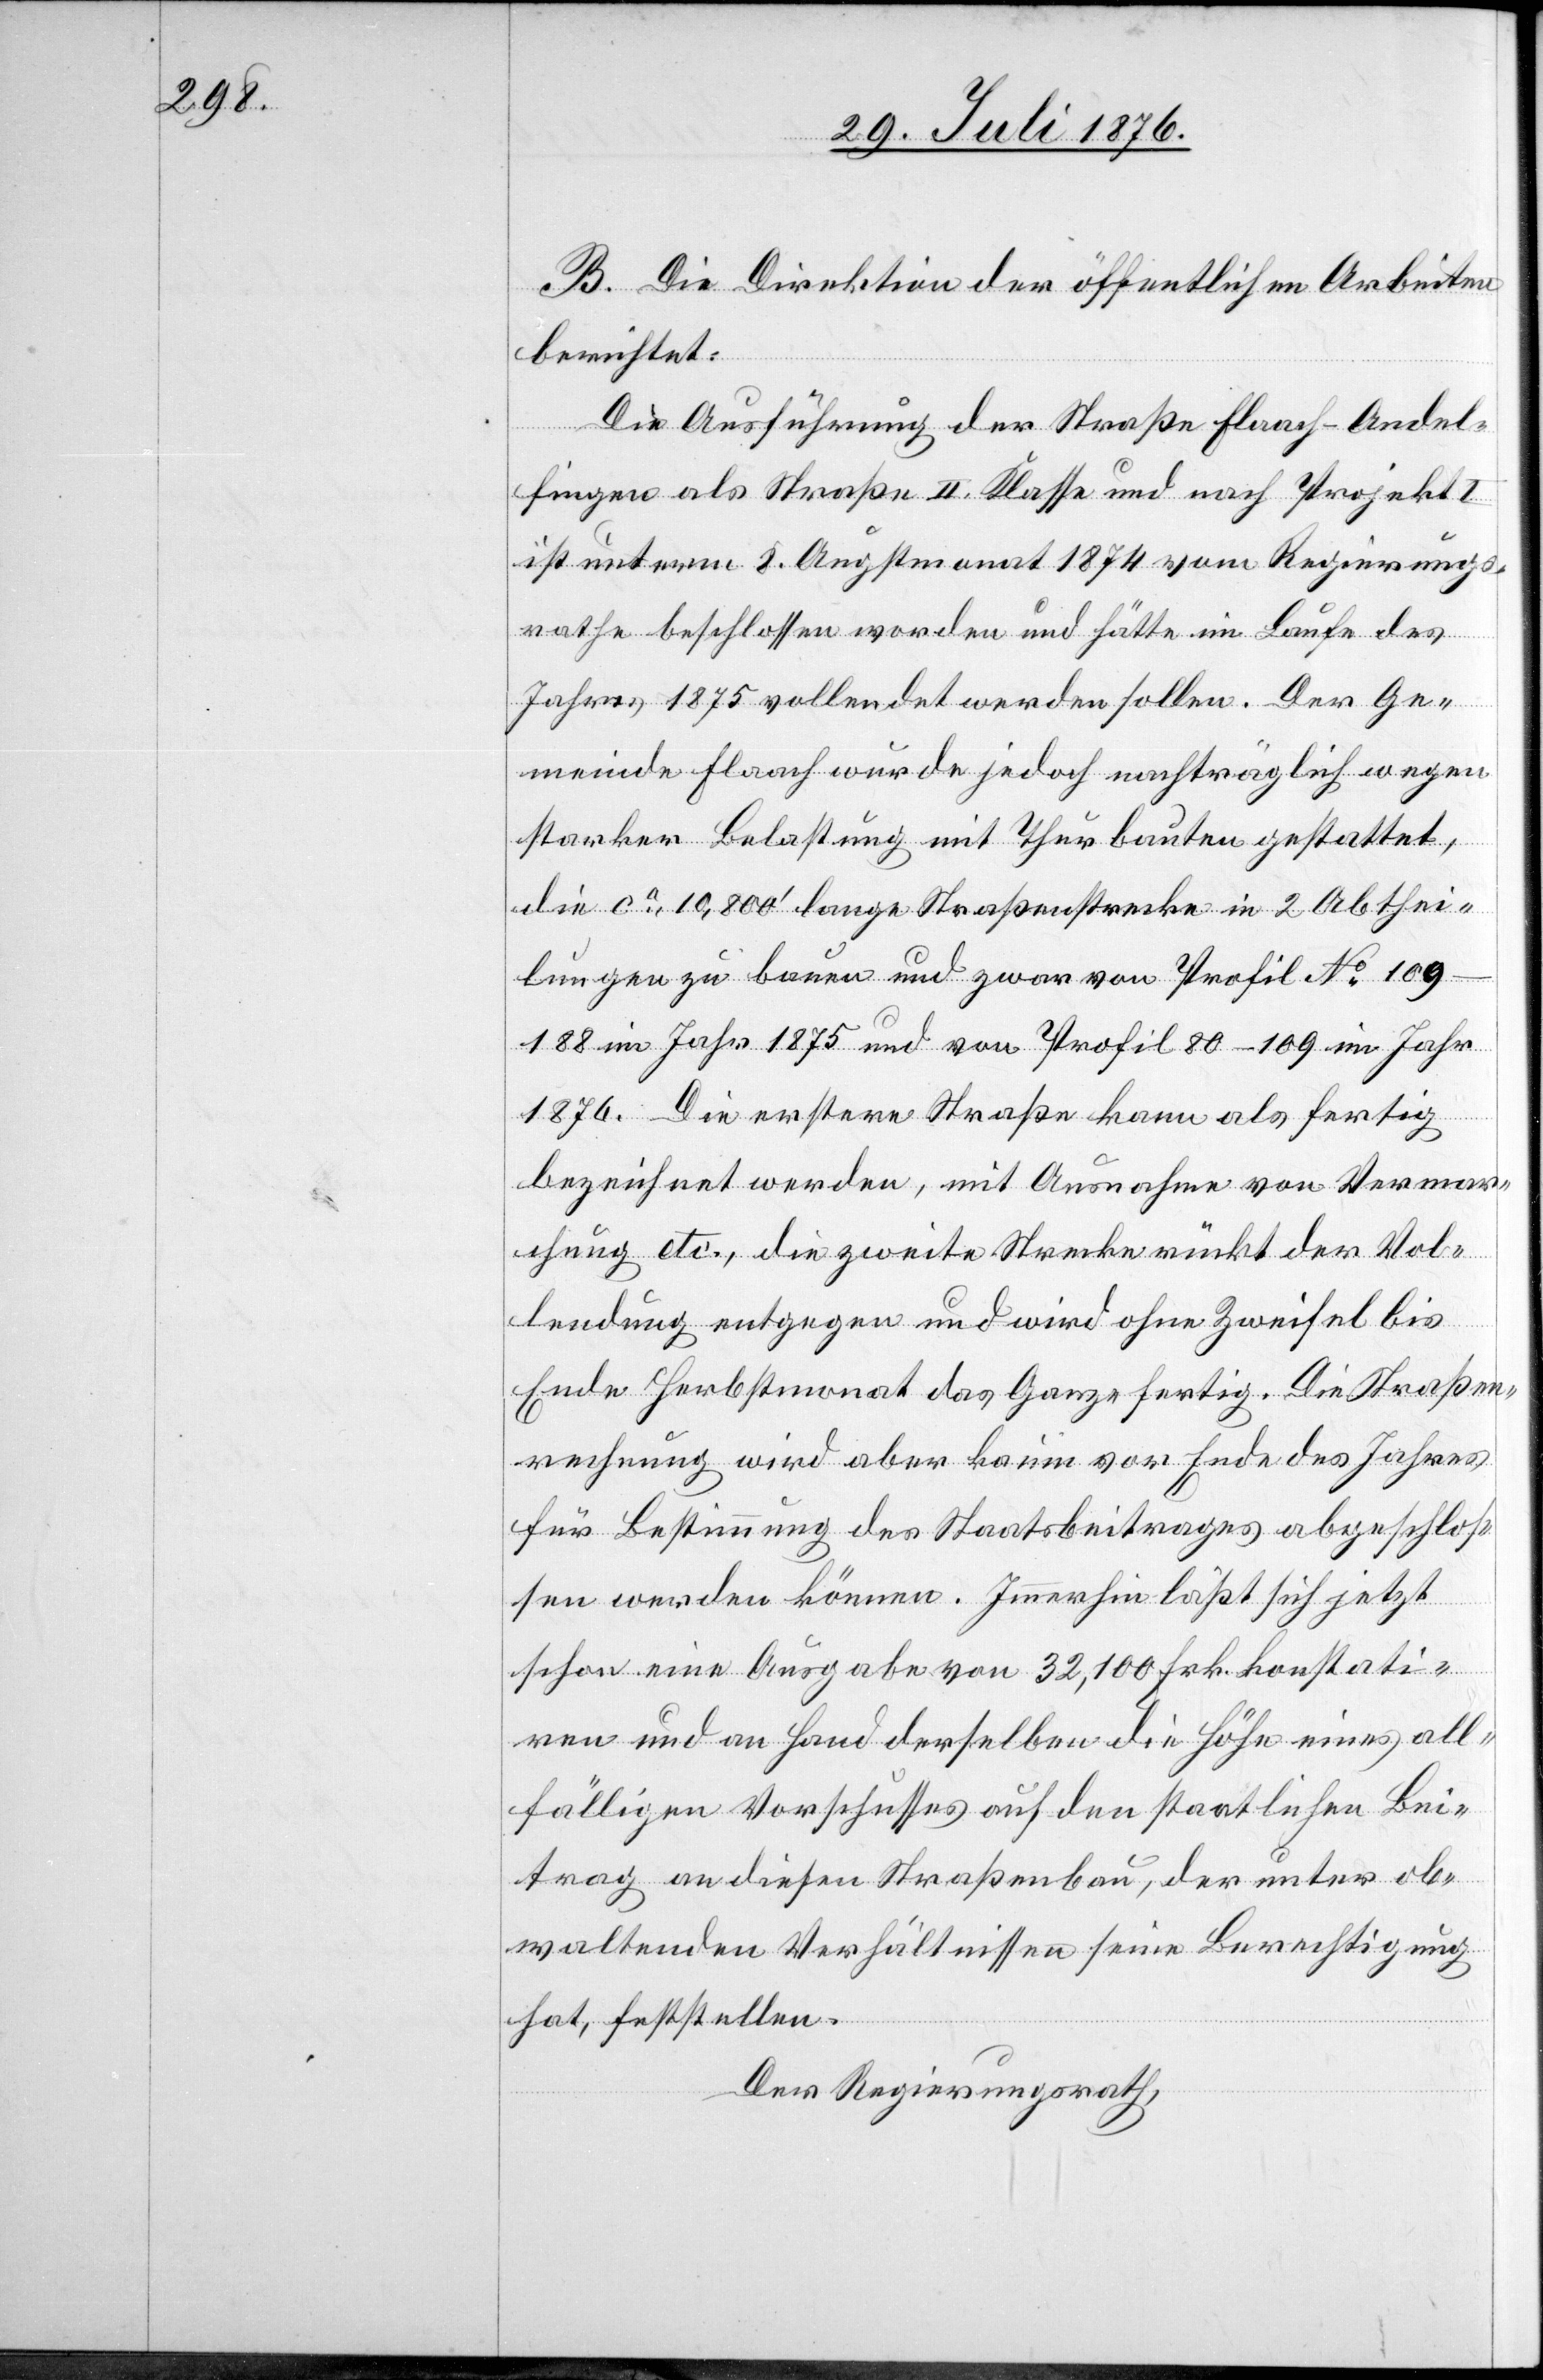
B. Die Direktion der öffentlichen Arbeiten
berichtet:
Die Ausführung der Straße Flaach–Andel¬
fingen als Straße II. Klasse und nach Projekt I.
ist unterm 8. Augstmonat 1874 vom Regierungs¬
rathe beschlossen worden und hätte im Laufe des
Jahres 1875 vollendet werden sollen. Der Ge¬
meinde Flaach wurde jedoch nachträglich wegen
starker Belastung mit Thurbauten gestattet,
die ca 10,800‘ lange Straßenstrecke in 2 Abthei¬
lungen zu bauen und zwar von Profil No 109–188
im Jahr 1875 und von Profil 80–109 im Jahr
1876. Die erstere Straße kann als fertig
bezeichnet werden, mit Ausnahme von Vermar¬
chung etc., die zweite Strecke rückt der Vol¬
lendung entgegen und wird ohne Zweifel bis
Ende Herbstmonat das Ganze fertig. Die Straßen¬
rechnung wird aber kaum vor Ende des Jahres
für Bestimmung des Staatsbeitrages abgeschlos¬
sen werden können. Immerhin läßt sich jetzt
schon eine Ausgabe von 32,100 Frk. konstati¬
ren und an Hand derselben die Höhe eines all¬
fälligen Vorschusses auf den staatlichen Bei¬
trag an diesen Straßenbau, der unter ob¬
waltenden Verhältnissen seine Berechtigung
hat, feststellen.
Der Regierungsrath,